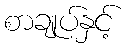
စာချုပ်နှင့်